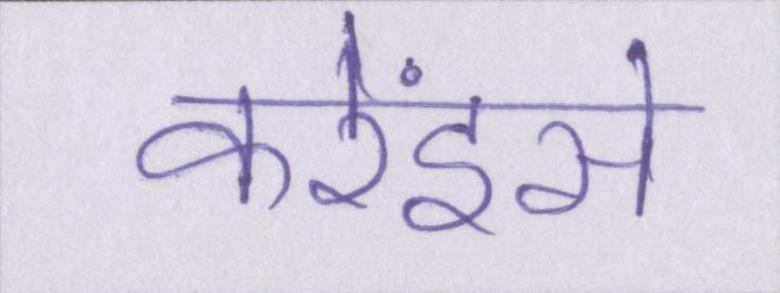
करेंइसे